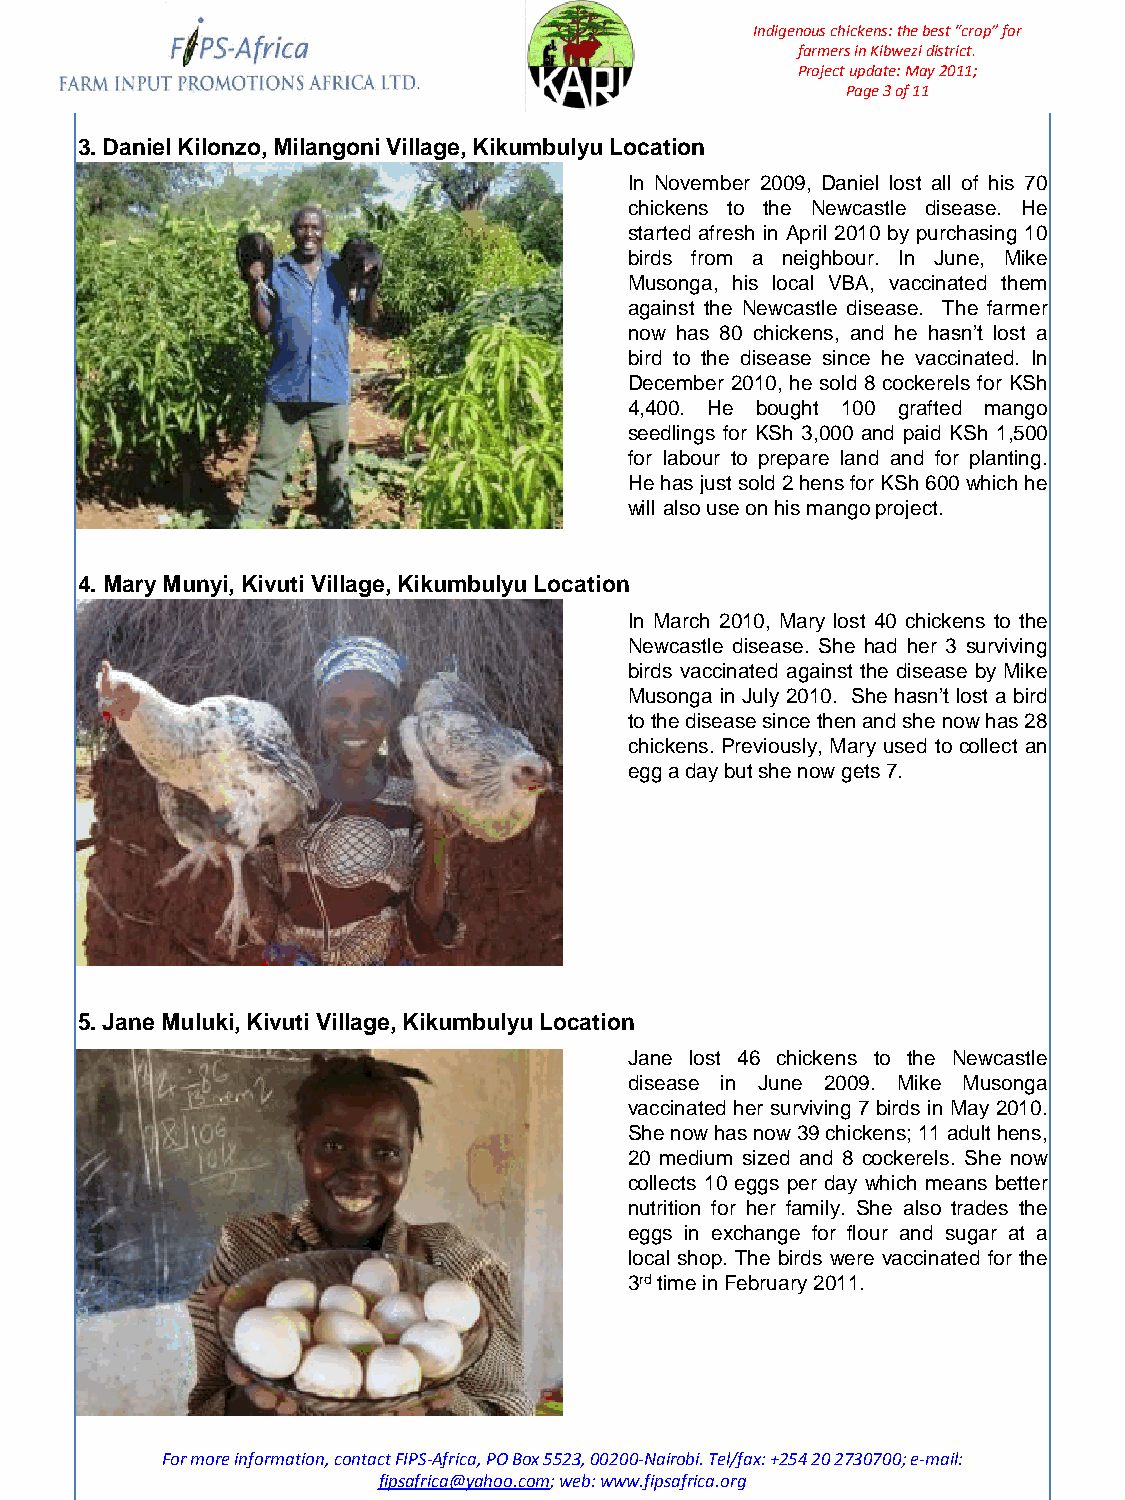
Indigenous chickens: the best “crop” for
 farmers in Kibwezi district.
 Project update: May 2011;
 Page 3 of 11
 3. Daniel Kilonzo, Milangoni Village, Kikumbulyu Location
 In November 2009, Daniel lost all of his 70
 chickens to the Newcastle disease. He
 started afresh in April 2010 by purchasing 10
 birds from a neighbour. In June, Mike
 Musonga, his local VBA, vaccinated them
 against the Newcastle disease. The farmer
 now has 80 chickens, and he hasn’t lost a
 bird to the disease since he vaccinated. In
 December 2010, he sold 8 cockerels for KSh
 4,400. He bought 100 grafted mango
 seedlings for KSh 3,000 and paid KSh 1,500
 for labour to prepare land and for planting.
 He has just sold 2 hens for KSh 600 which he
 will also use on his mango project.
 4. Mary Munyi, Kivuti Village, Kikumbulyu Location
 In March 2010, Mary lost 40 chickens to the
 Newcastle disease. She had her 3 surviving
 birds vaccinated against the disease by Mike
 Musonga in July 2010. She hasn’t lost a bird
 to the disease since then and she now has 28
 chickens. Previously, Mary used to collect an
 egg a day but she now gets 7.
 5. Jane Muluki, Kivuti Village, Kikumbulyu Location
 Jane lost 46 chickens to the Newcastle
 disease in June 2009. Mike Musonga
 vaccinated her surviving 7 birds in May 2010.
 She now has now 39 chickens; 11 adult hens,
 20 medium sized and 8 cockerels. She now
 collects 10 eggs per day which means better
 nutrition for her family. She also trades the
 eggs in exchange for flour and sugar at a
 local shop. The birds were vaccinated for the
 3rd time in February 2011.
 For more information, contact FIPS-Africa, PO Box 5523, 00200-Nairobi. Tel/fax: +254 20 2730700; e-mail:
 fipsafrica@yahoo.com; web: www.fipsafrica.org